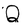
Character: Q